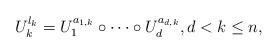
LaTeX: \begin{align*}U_k^{l_k}=U_1^{a_{1,k}}\circ\cdots\circ U_d^{a_{d,k}},d<k\le n,\end{align*}